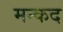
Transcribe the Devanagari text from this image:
मन्कद